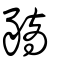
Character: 豴